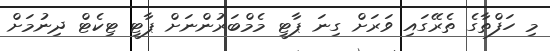
މި ހަފްތާގެ ތެރޭގައި ވަރަށް ގިނަ ޕާޓީ މެމްބަރުންނަށް ޕާޓީ ޓިކެޓް ދިނުމަށް